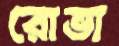
রোভা